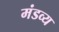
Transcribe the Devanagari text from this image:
मंडव्य